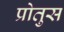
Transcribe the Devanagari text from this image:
प्रोतुस